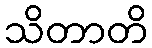
သိတာတိ